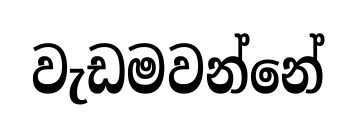
වැඩමවන්නේ